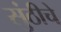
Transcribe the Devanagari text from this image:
सुंठीचे